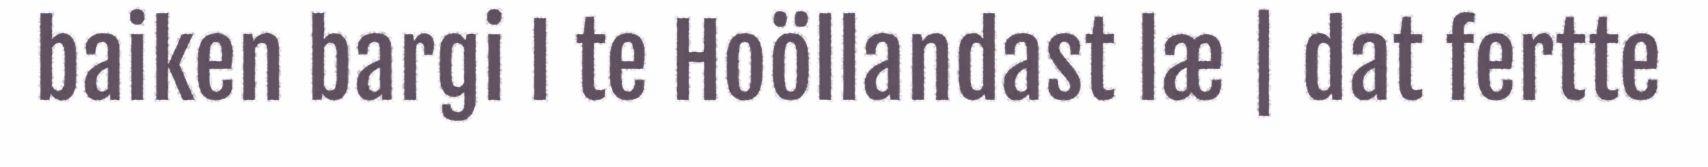
baiken bargi I te Hoöllandast læ | dat fertte